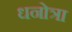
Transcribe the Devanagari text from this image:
धनोत्रा